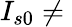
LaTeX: I_{s0}\neq{}